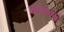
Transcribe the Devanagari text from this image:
नन्दगोपसुते